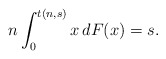
\begin{align*}n \int_0^{t(n,s)} x \, dF(x) = s.\end{align*}